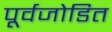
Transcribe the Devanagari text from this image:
पूर्वजोडित